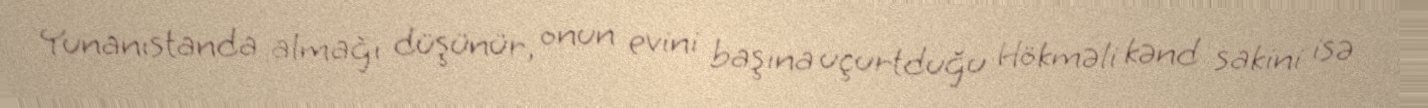
Yunanıstanda almağı düşünür, onun evini başına uçurtduğu Hökməli kənd sakini isə